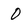
Character: O